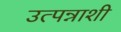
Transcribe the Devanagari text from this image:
उत्पन्नाशी